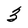
Character: 3